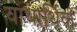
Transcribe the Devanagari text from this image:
याथार्थिक